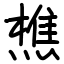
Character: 𬋈